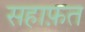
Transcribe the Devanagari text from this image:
सहाफ़त